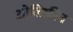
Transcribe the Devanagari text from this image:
ओलिफ़ीन